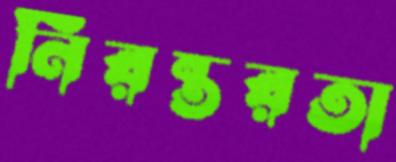
নিরন্তরতা